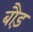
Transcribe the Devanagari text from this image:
बौड़